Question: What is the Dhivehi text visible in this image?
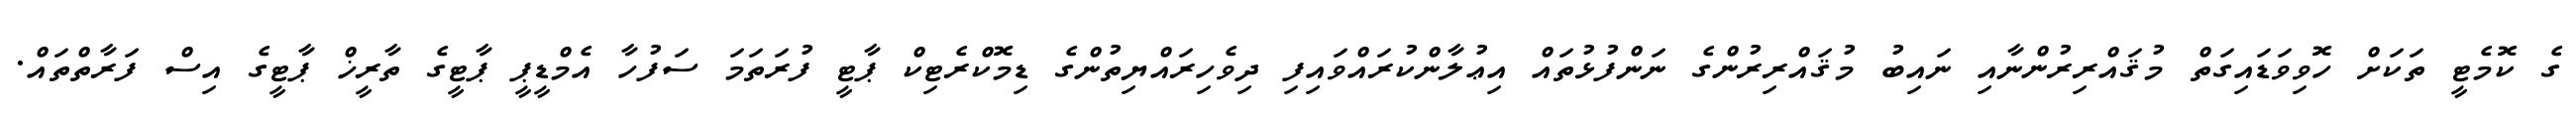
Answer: ގެ ކޮމެޓީ ތަކަށް ހޮވިވަޑައިގަތް މުޤައްރިރުންނާއި ނައިބު މުޤައްރިރުންގެ ނަންފުޅުތައް އިޢުލާންކުރައްވައިފި ދިވެހިރައްޔިތުންގެ ޑިމޮކްރެޓިކް ޕާޓީ ފުރަތަމަ ސަފުހާ އެމްޑީޕީ ޕާޓީގެ ތާރީޚް ޕާޓީގެ އިސް ފަރާތްތައް.